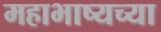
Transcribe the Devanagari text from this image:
महाभाष्यच्या